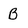
Character: b